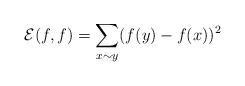
LaTeX: \begin{align*} \mathcal{E}(f,f) = \sum_{x\sim y} (f(y)-f(x))^2\end{align*}